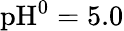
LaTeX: \textrm{pH}^{0}=5.0